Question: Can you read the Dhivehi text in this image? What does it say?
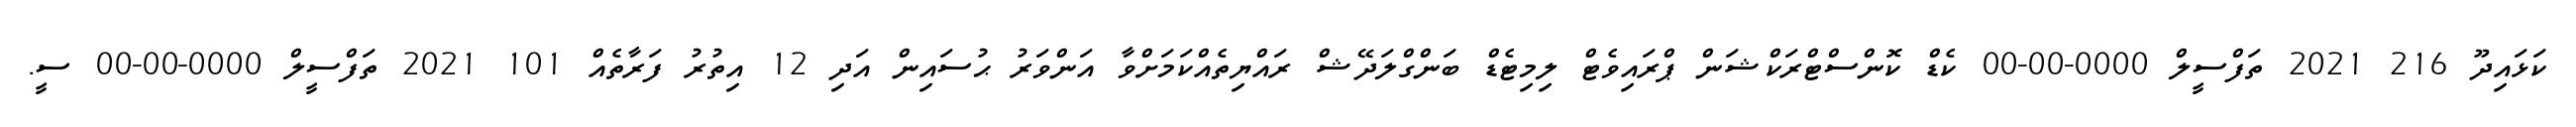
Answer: ކަޅައިދޫ 216 2021 ތަފްސީލް 0000-00-00 ކެޑް ކޮންސްޓްރަކްޝަން ޕްރައިވެޓް ލިމިޓެޑް ބަންގްލަދޭޝް ރައްޔިތެއްކަމަށްވާ އަންވަރު ޙުސައިން އަދި 12 އިތުރު ފަރާތެއް 101 2021 ތަފްސީލް 0000-00-00 ސީ.